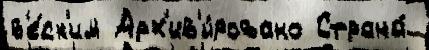
в'е́ск'им Арх'ив'и́ровано Страна́